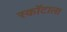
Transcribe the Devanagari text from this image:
स्कॉटाला